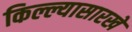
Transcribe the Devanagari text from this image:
किल्ल्यासारखे